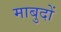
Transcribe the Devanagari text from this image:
माबुदों